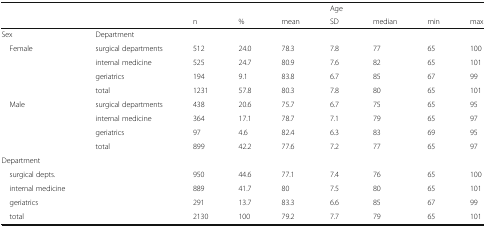
|  |  |  |  |  | Age |  |  |  |
 |  |  | n | % | mean | SD | median | min | max |
 | --- | --- | --- | --- | --- | --- | --- | --- | --- |
 | Sex | Department |  |  |  |  |  |  |  |
 | <ROWSPAN=4> Female | surgical departments | 512 | 24.0 | 78.3 | 7.8 | 77 | 65 | 100 |
 | internal medicine | 525 | 24.7 | 80.9 | 7.6 | 82 | 65 | 101 |
 | geriatrics | 194 | 9.1 | 83.8 | 6.7 | 85 | 67 | 99 |
 | total | 1231 | 57.8 | 80.3 | 7.8 | 80 | 65 | 101 |
 | <ROWSPAN=4> Male | surgical departments | 438 | 20.6 | 75.7 | 6.7 | 75 | 65 | 95 |
 | internal medicine | 364 | 17.1 | 78.7 | 7.1 | 79 | 65 | 97 |
 | geriatrics | 97 | 4.6 | 82.4 | 6.3 | 83 | 69 | 95 |
 | total | 899 | 42.2 | 77.6 | 7.2 | 77 | 65 | 97 |
 | Department |  |  |  |  |  |  |  |  |
 | surgical depts. |  | 950 | 44.6 | 77.1 | 7.4 | 76 | 65 | 100 |
 | internal medicine |  | 889 | 41.7 | 80 | 7.5 | 80 | 65 | 101 |
 | geriatrics |  | 291 | 13.7 | 83.3 | 6.6 | 85 | 67 | 99 |
 | total |  | 2130 | 100 | 79.2 | 7.7 | 79 | 65 | 101 |